Annual report on the working of the mental hospitals in the Madras Presidency - 1912-1932
Year: 1912
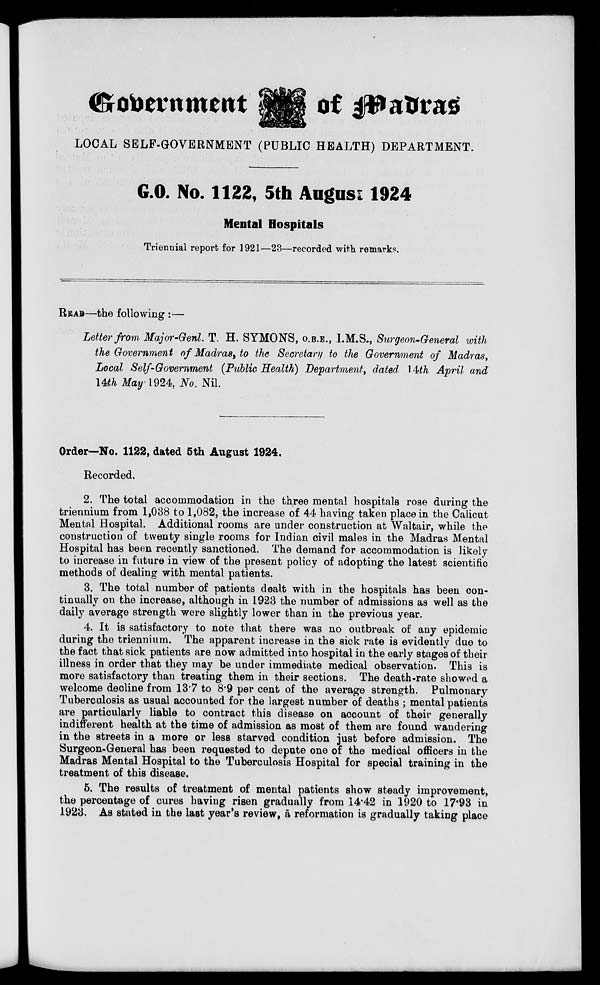
Government of Madras
LOCAL SELF-GOVERNMENT (PUBLIC HEALTH) DEPARTMENT.
G.O. No. 1122, 5th August 1924
Mental Hospitals
Triennial report for 1921—23—recorded with remarks.
READ—the following :—
Letter from Major-Genl. T. H. SYMONS, O.B.E., I.M.S., Surgeon-General with
the Government of Madras, to the Secretary to the Government of Madras,
Local Self-Government (Public Health) Department, dated 14th April and
14th May 1924, No. Nil.
Order—No. 1122, dated 5th August 1924.
Recorded.
2. The total accommodation in the three mental hospitals rose during the
triennium from 1,038 to 1,082, the increase of 44 having taken place in the Calicut
Mental Hospital. Additional rooms are under construction at Waltair, while the
construction of twenty single rooms for Indian civil males in the Madras Mental
Hospital has been recently sanctioned. The demand for accommodation is likely
to increase in future in view of the present policy of adopting the latest scientific
methods of dealing with mental patients.
3. The total number of patients dealt with in the hospitals has been con-
tinually on the increase, although in 1923 the number of admissions as well as the
daily average strength were slightly lower than in the previous year.
4. It is satisfactory to note that there was no outbreak of any epidemic
during the triennium. The apparent increase in the sick rate is evidently due to
the fact that sick patients are now admitted into hospital in the early stages of their
illness in order that they may be under immediate medical observation. This is
more satisfactory than treating them in their sections. The death-rate showed a
welcome decline from 13.7 to 8.9 per cent of the average strength. Pulmonary
Tuberculosis as usual accounted for the largest number of deaths ; mental patients
are particularly liable to contract this disease on account of their generally
indifferent health at the time of admission as most of them are found wandering
in the streets in a more or less starved condition just before admission. The
Surgeon-General has been requested to depute one of the medical officers in the
Madras Mental Hospital to the Tuberculosis Hospital for special training in the
treatment of this disease.
5. The results of treatment of mental patients show steady improvement,
the percentage of cures having risen gradually from 14.42 in 1920 to 17.93 in
1923. As stated in the last year's review, a reformation is gradually taking place